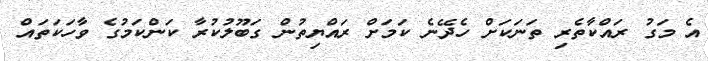
އެ މަގު ރައްކާތެރި ތަނަކަށް ހެދޭނެ ކަމަށް ރައްޔިތުން ގަބޫލުކުރާ ކަންކަމުގެ ވާހަކަތައް